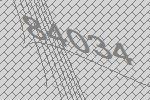
84034